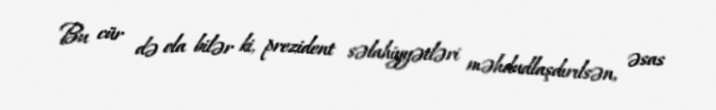
Bu cür də ola bilər ki, prezident səlahiyyətləri məhdudlaşdırılsən, əsas